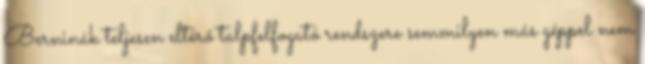
Berninák teljesen eltérő talpfelfogató rendszere semmilyen más géppel nem